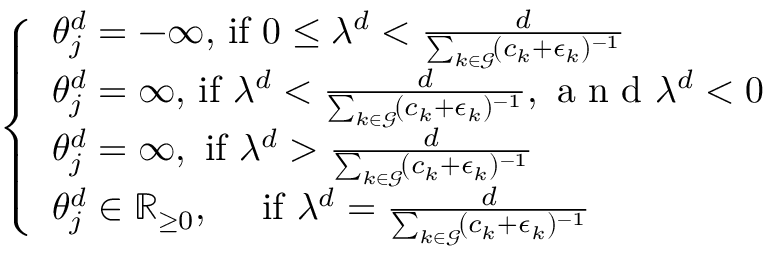
\begin{array} { r } { \left\{ \begin{array} { l } { \theta _ { j } ^ { d } = - \infty , \! \mathrm { ~ i f ~ } 0 \le \lambda ^ { d } < \frac { d } { \sum _ { k \in \mathcal { G } } \! ( c _ { k } + \epsilon _ { k } ) ^ { - 1 } } } \\ { \theta _ { j } ^ { d } = \infty , \! \mathrm { ~ i f ~ } \lambda ^ { d } < \frac { d } { \sum _ { k \in \mathcal { G } } \! ( c _ { k } + \epsilon _ { k } ) ^ { - 1 } } , \textrm { a n d } \lambda ^ { d } < 0 } \\ { \theta _ { j } ^ { d } = \infty , \mathrm { ~ i f ~ } \lambda ^ { d } > \frac { d } { \sum _ { k \in \mathcal { G } } \! ( c _ { k } + \epsilon _ { k } ) ^ { - 1 } } } \\ { \theta _ { j } ^ { d } \in \mathbb { R } _ { \ge 0 } , \quad \mathrm { ~ i f ~ } \lambda ^ { d } = \frac { d } { \sum _ { k \in \mathcal { G } } \! ( c _ { k } + \epsilon _ { k } ) ^ { - 1 } } } \end{array} \right. } \end{array}